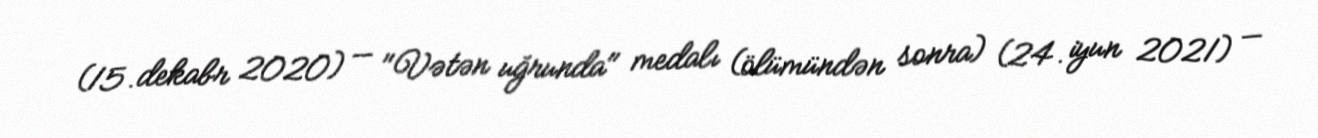
(15. dekabr 2020) — "Vətən uğrunda" medalı (ölümündən sonra) (24. iyun 2021) —